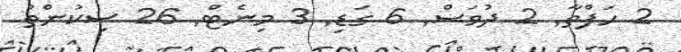
2 ހަފްތާ